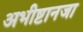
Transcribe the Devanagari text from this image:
अभीष्टानजा